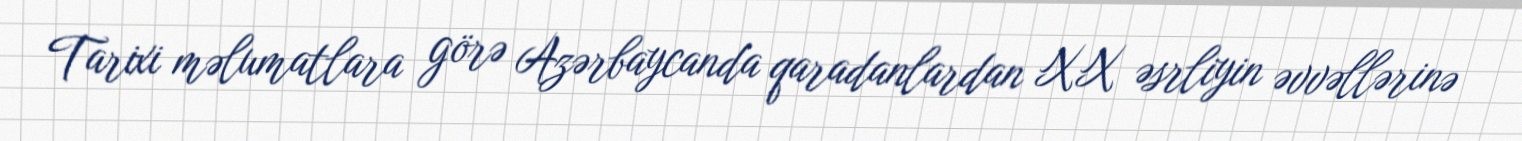
Tarixi məlumatlara görə Azərbaycanda qaradanlardan XX əsrliyin əvvəllərinə